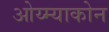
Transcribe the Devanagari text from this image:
ओय्म्याकोन